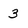
Character: 3